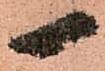
一